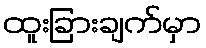
ထူးခြားချက်မှာ